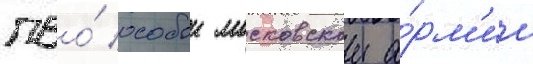
пво́ особои московскои а́рм'ии